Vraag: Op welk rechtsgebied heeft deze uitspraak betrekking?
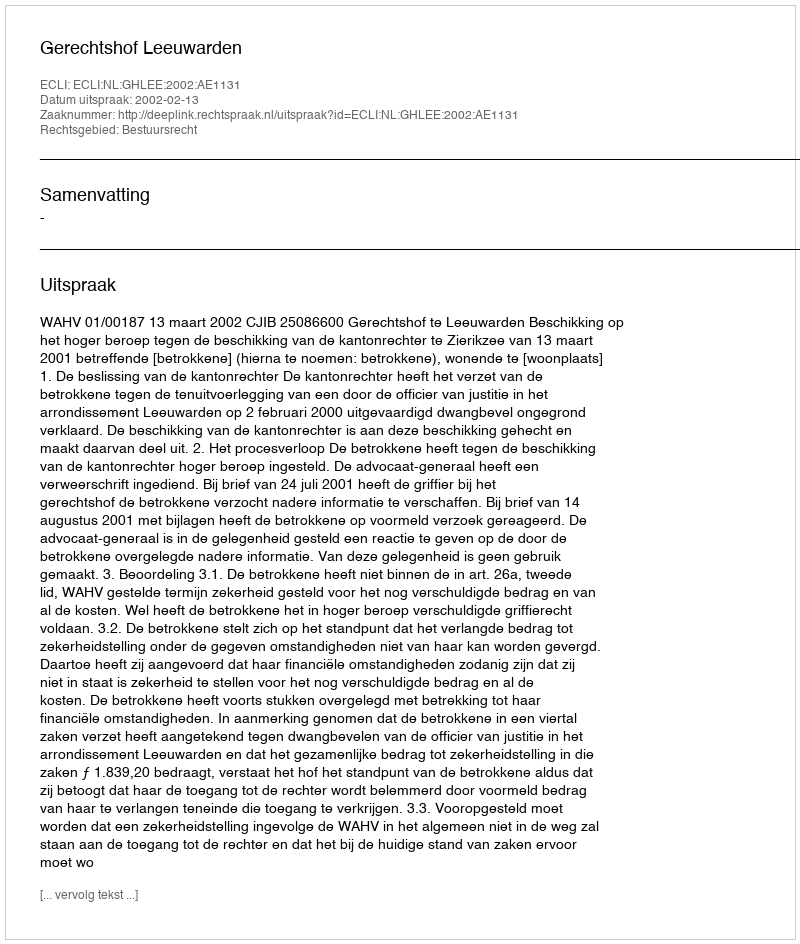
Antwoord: Bestuursrecht